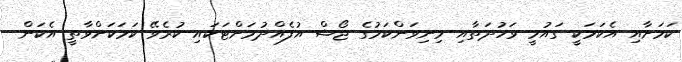
ކަމަށާއި އެކަމަކީ ގައުމީ ވަހުދަތާއި މިނިވަންކަމުގެ ޖޯޝް އުފެއްދުމަށްޓަކައި ކުރެވޭ ކަމަކަށްވާތީ އެކަން